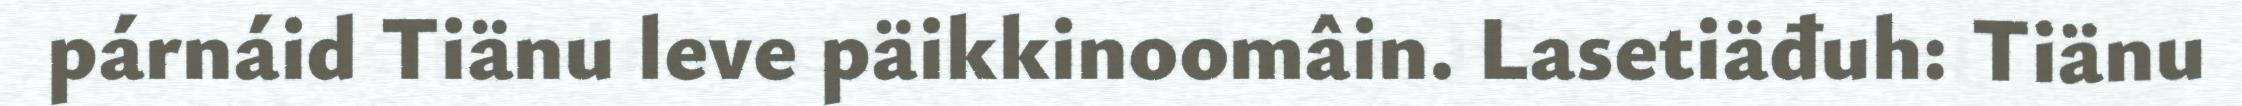
párnáid Tiänu leve päikkinoomâin. Lasetiäđuh: Tiänu